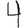
Digit: 4